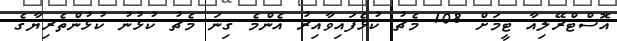
އޮސްޓްރޭލިއާ ޓީމަށް 108 މެޗު ކުޅެފައިވާއިރު އެންމެ ގިނަ މެޗު ކުޅުނު ކުޅުންތެރިޔާގެ